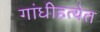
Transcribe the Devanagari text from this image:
गांधीहत्येत